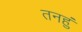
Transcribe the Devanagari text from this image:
तनहुं